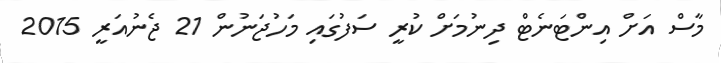
މާސް އަށް އިންޓަނެޓް ދިނުމަށް ކުރީ ސަފުގައި މަހުޖަނުން 21 ޖެނުއަރީ 2015